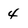
Character: 4